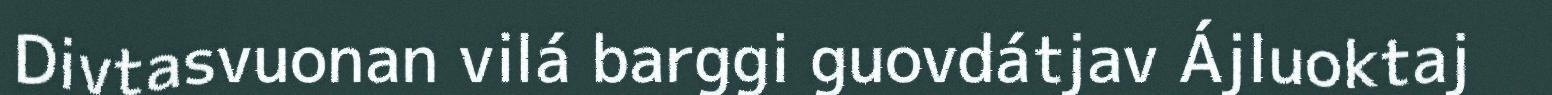
Divtasvuonan vilá barggi guovdátjav Ájluoktaj